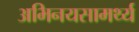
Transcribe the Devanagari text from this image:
अभिनयसामर्थ्य